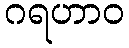
ဂရဟာဝ